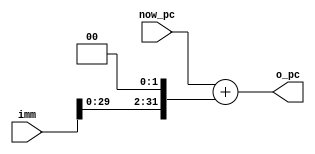
// PC 
// @param now_pc  pc
// @param o_pc pc
// @param imm 
module PCAddImm(now_pc, imm, o_pc);
  input [31:0] now_pc, imm;
  output [31:0] o_pc;
  // 324pc=pc+imm*4
  assign o_pc = now_pc + (imm << 2);
endmodule